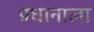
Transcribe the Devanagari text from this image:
प्रधानाला